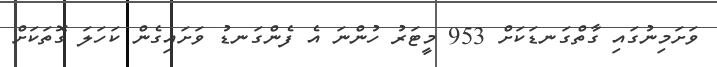
ވަށަމިނުގައި ގާތްގަނޑަކަށް 953 މީޓަރު ހުންނަ އެ ފެންގަނޑު ވަށައިގެން ކަހަލަ ގޮތަކަށް